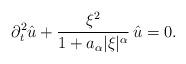
LaTeX: \begin{align*}\partial_t^2 \hat{u} + \frac{\xi^2}{1 + a_\alpha |\xi|^\alpha}\, \hat{u}=0. \end{align*}